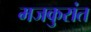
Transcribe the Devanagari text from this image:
मजकुरांत